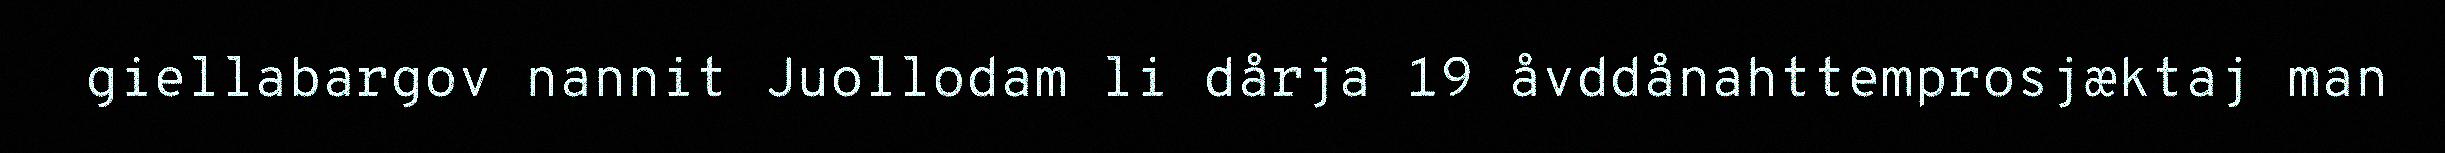
giellabargov nannit Juollodam li dårja 19 åvddånahttemprosjæktaj man